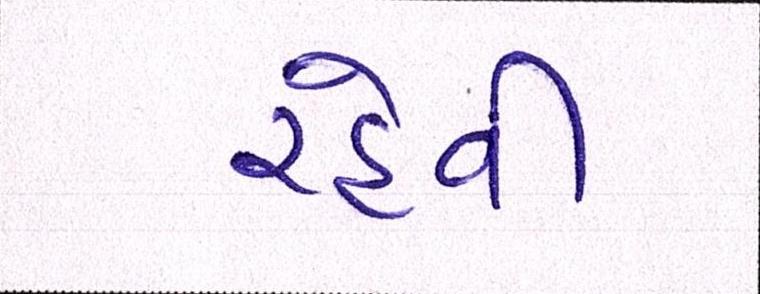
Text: રહેવી